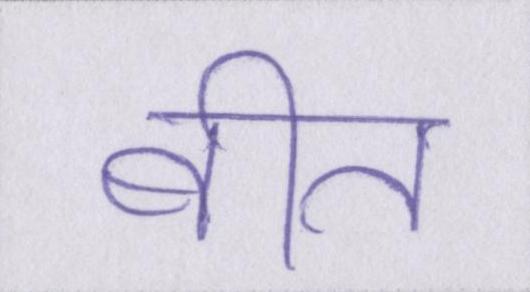
बीत